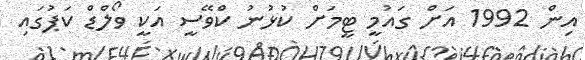
އިން 1992 އަށް ގައުމީ ޓީމަށް ކުޅުނު ކްވޭސީ އަކީ ވޯލްޑް ކަޕުގައި